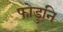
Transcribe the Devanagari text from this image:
फोडुनि